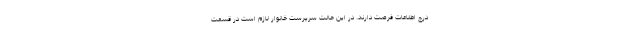
درج اطلاعات فرصت دارند. در این حالت سرپرست خانوار لازم است در قسمت